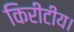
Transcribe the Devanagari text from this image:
किरीटीय।